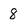
Character: 8